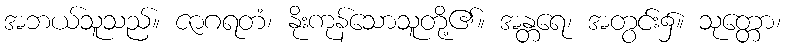
အဘယ်သူသည်။ ဇာဂရတံ၊ နိုးကုန်သောသူတို့၏။ အန္တရေ၊ အတွင်း၌။ သုတ္တော၊